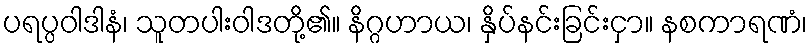
ပရပ္ပဝါဒါနံ၊ သူတပါးဝါဒတို့၏။ နိဂ္ဂဟာယ၊ နှိပ်နင်းခြင်းငှာ။ နစကာရဏံ၊